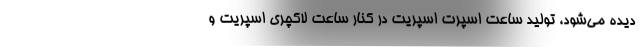
دیده می‌شود، تولید ساعت اسپرت اسپریت در کنار ساعت لاکچری اسپریت و